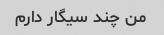
من چند سیگار دارم